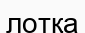
лотқа